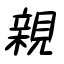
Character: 親